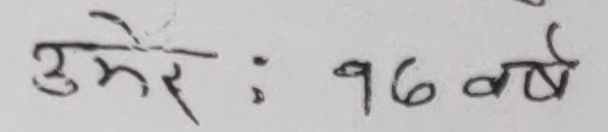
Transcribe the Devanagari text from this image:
उमेर : १६ वर्ष